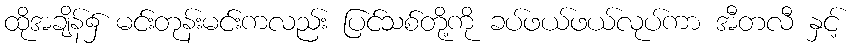
ထိုအချိန်၌ မင်းတုန်းမင်းကလည်း ပြင်သစ်တို့ကို ခပ်ဖယ်ဖယ်လုပ်ကာ အီတလီ နှင့်